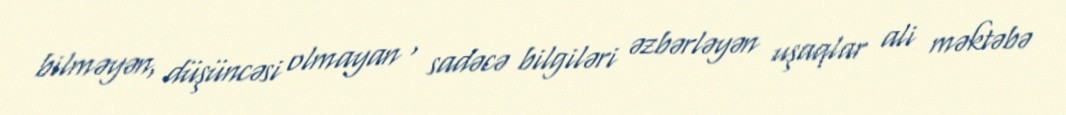
bilməyən, düşüncəsi olmayan , sadəcə bilgiləri əzbərləyən uşaqlar ali məktəbə